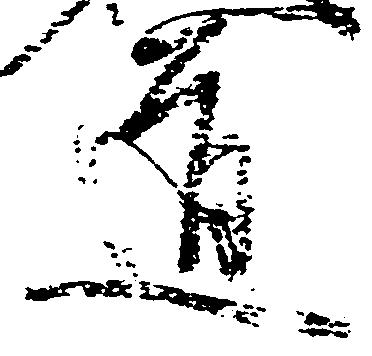
道